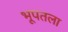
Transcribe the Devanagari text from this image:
भूपतला